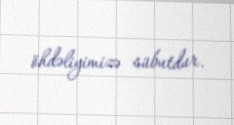
öhdəliyimizə sübutdur.